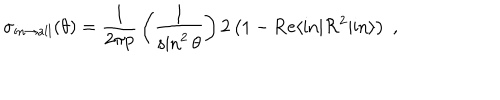
\sigma _ { \mathrm { i n } \to \mathrm { a l l } } ( \theta ) = { \frac { 1 } { 2 \pi p } } \left( { \frac { 1 } { \sin ^ { 2 } { \theta } } } \right) 2 \left( 1 - \mathrm { R e } \langle \mathrm { i n } | { \cal R } ^ { 2 } | \mathrm { i n } \rangle \right) \; ,